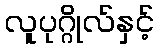
လူပုဂ္ဂိုလ်နှင့်